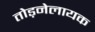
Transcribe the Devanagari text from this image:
तोड़नेलायक